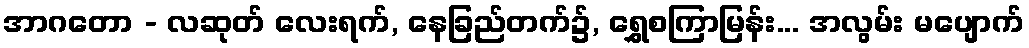
အာဂတော - လဆုတ် လေးရက်, နေခြည်တက်၌, ရွှေစကြာမြန်း... အလွမ်း မပျောက်